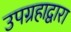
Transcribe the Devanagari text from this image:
उपग्रहाद्वारा